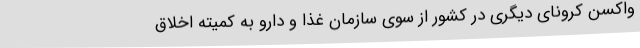
واکسن کرونای دیگری در کشور از سوی سازمان غذا و دارو به کمیته اخلاق